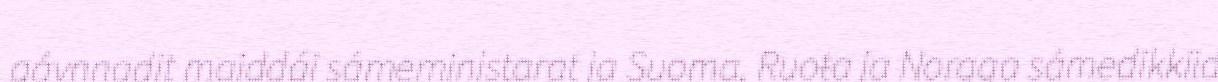
gávnnadit maiddái sámeministarat ja Suoma, Ruoŧa ja Norgga sámedikkiid